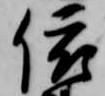
依